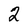
Character: 2